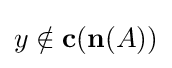
y\notin \mathbf {c} (\mathbf {n} (A))